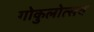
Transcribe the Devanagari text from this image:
गोकुलोत्सव